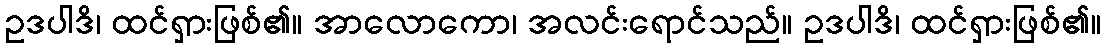
ဥဒပါဒိ၊ ထင်ရှားဖြစ်၏။ အာလောကော၊ အလင်းရောင်သည်။ ဥဒပါဒိ၊ ထင်ရှားဖြစ်၏။